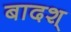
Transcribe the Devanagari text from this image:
बादश्